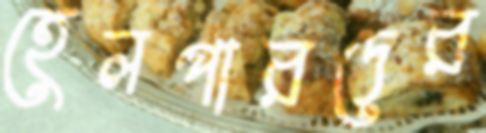
হেলপারদের